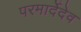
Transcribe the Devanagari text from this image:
परमार्देदेव